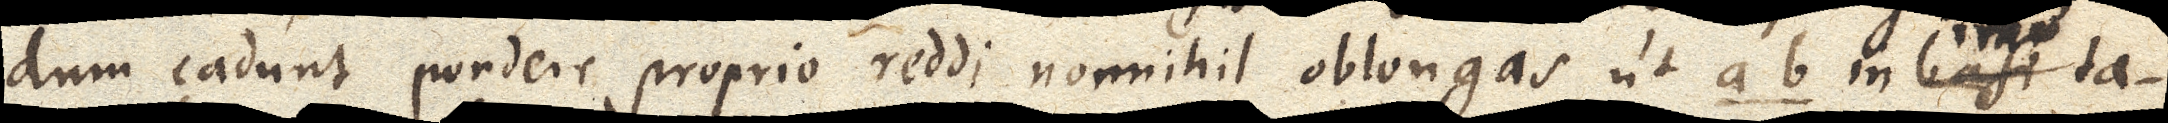
dum cadunt pondere proprio reddi nonnihil oblongas ut ab in basi ta